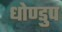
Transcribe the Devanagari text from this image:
धोण्डुप